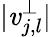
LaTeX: |\mathit{v}_{j,l}^{\perp}|